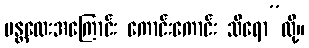
မန္တလေးအကြောင်း ကောင်းကောင်း သိရော”လို့။